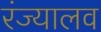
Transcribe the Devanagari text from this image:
रंज्यालव